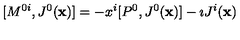
[ M ^ { 0 i } , J ^ { 0 } ( { \bf x } ) ] = - x ^ { i } [ P ^ { 0 } , J ^ { 0 } ( { \bf x } ) ] - \imath J ^ { i } ( { \bf x } )